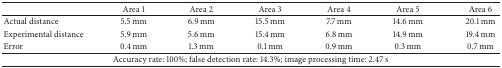
<table><thead><tr><td><b> </b></td><td><b>Area 1</b></td><td><b>Area 2</b></td><td><b>Area 3</b></td><td><b>Area 4</b></td><td><b>Area 5</b></td><td><b>Area 6</b></td></tr></thead><tbody><tr><td>Actual distance</td><td>5.5 mm</td><td>6.9 mm</td><td>15.5 mm</td><td>7.7 mm</td><td>14.6 mm</td><td>20.1 mm</td></tr><tr><td>Experimental distance</td><td>5.9 mm</td><td>5.6 mm</td><td>15.4 mm</td><td>6.8 mm</td><td>14.9 mm</td><td>19.4 mm</td></tr><tr><td>Error</td><td>0.4 mm</td><td>1.3 mm</td><td>0.1 mm</td><td>0.9 mm</td><td>0.3 mm</td><td>0.7 mm</td></tr><tr><td colspan="7">Accuracy rate: 100%; false detection rate: 14.3%; image processing time: 2.47 s</td></tr></tbody></table>